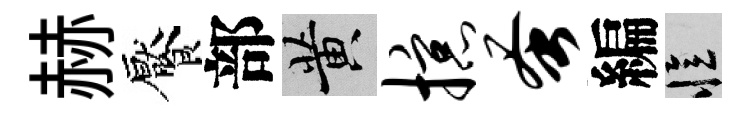
赫饜部黄掠蚤編忆